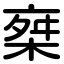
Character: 椉